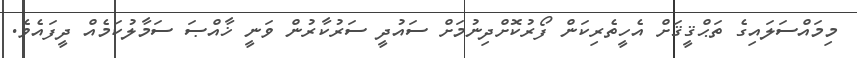
މިމައްސަލައިގެ ތަޙްޤީޤަށް އެހީތެރިކަން ފޯރުކޮށްދިނުމަށް ސައުދީ ސަރުކާރުން ވަނީ ޚާއްޞަ ސަމާލުކަމެއް ދީފައެވެ.